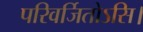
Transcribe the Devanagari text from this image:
परिवर्जितोऽसि।